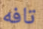
تافه